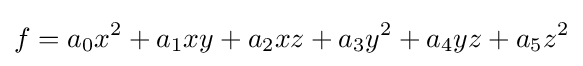
f=a_{0}x^{2}+a_{1}xy+a_{2}xz+a_{3}y^{2}+a_{4}yz+a_{5}z^{2}